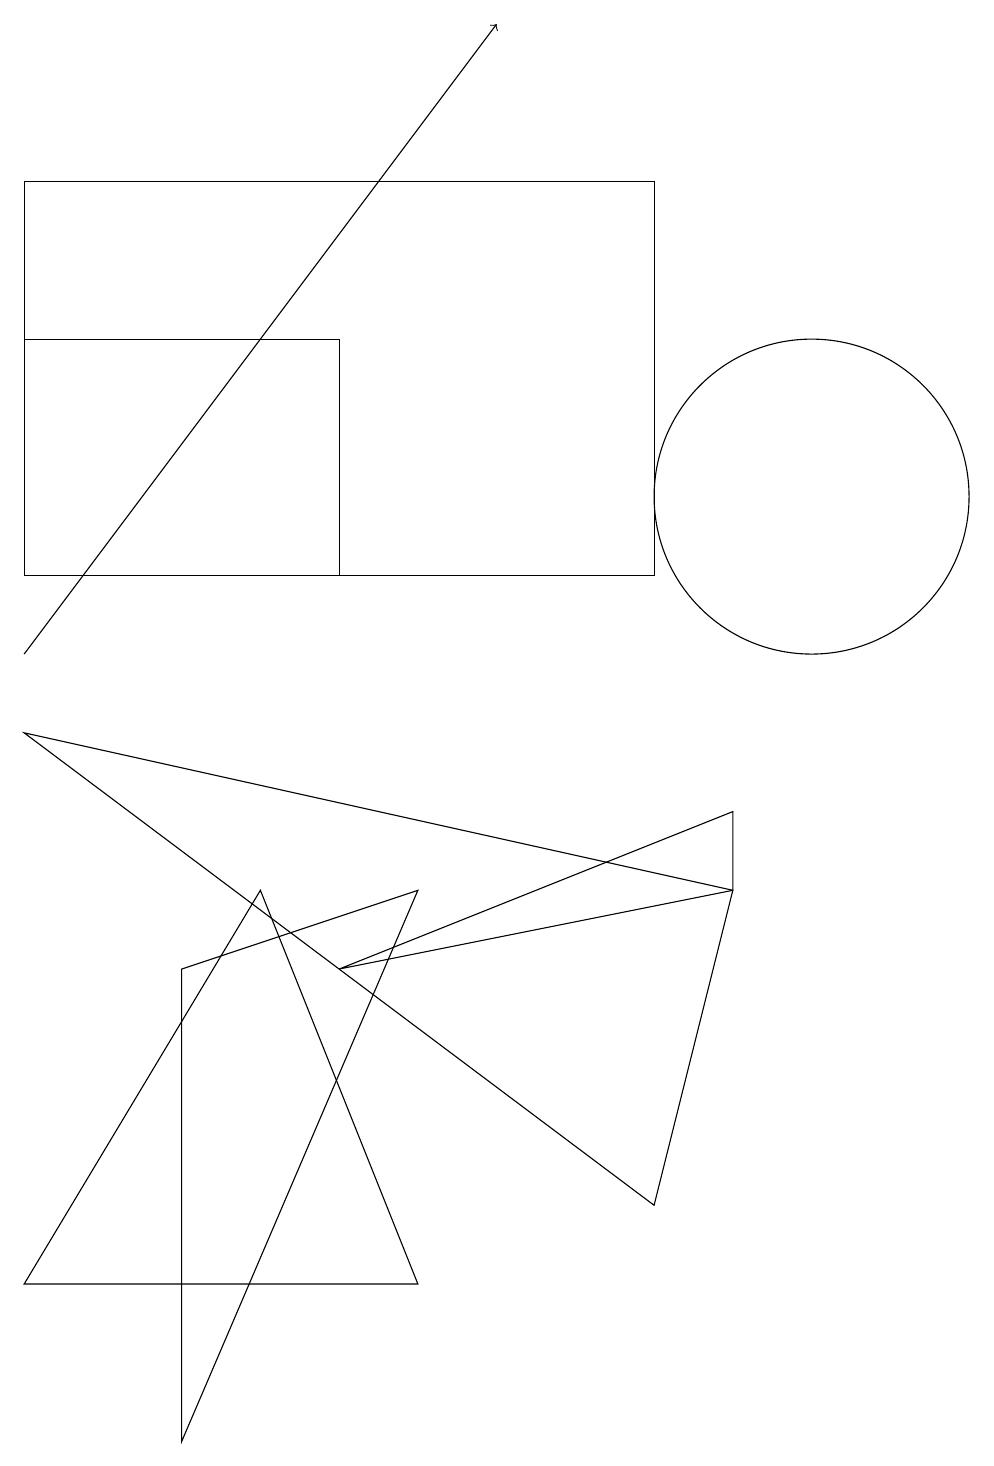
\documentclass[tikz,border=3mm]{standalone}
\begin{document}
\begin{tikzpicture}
\draw (9,7) -- (9,8) -- (4,6) -- cycle;
\draw (3,7) -- (0,2) -- (5,2) -- cycle;
\draw (10,12) circle (2);
\draw (0,14) rectangle (4,11);
\draw[->] (0,10) -- (6,18);
\draw (2,6) -- (5,7) -- (2,0) -- cycle;
\draw (0,9) -- (9,7) -- (8,3) -- cycle;
\draw (8,16) rectangle (0,11);
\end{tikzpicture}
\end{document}